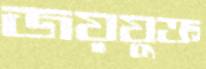
জয়যুক্ত